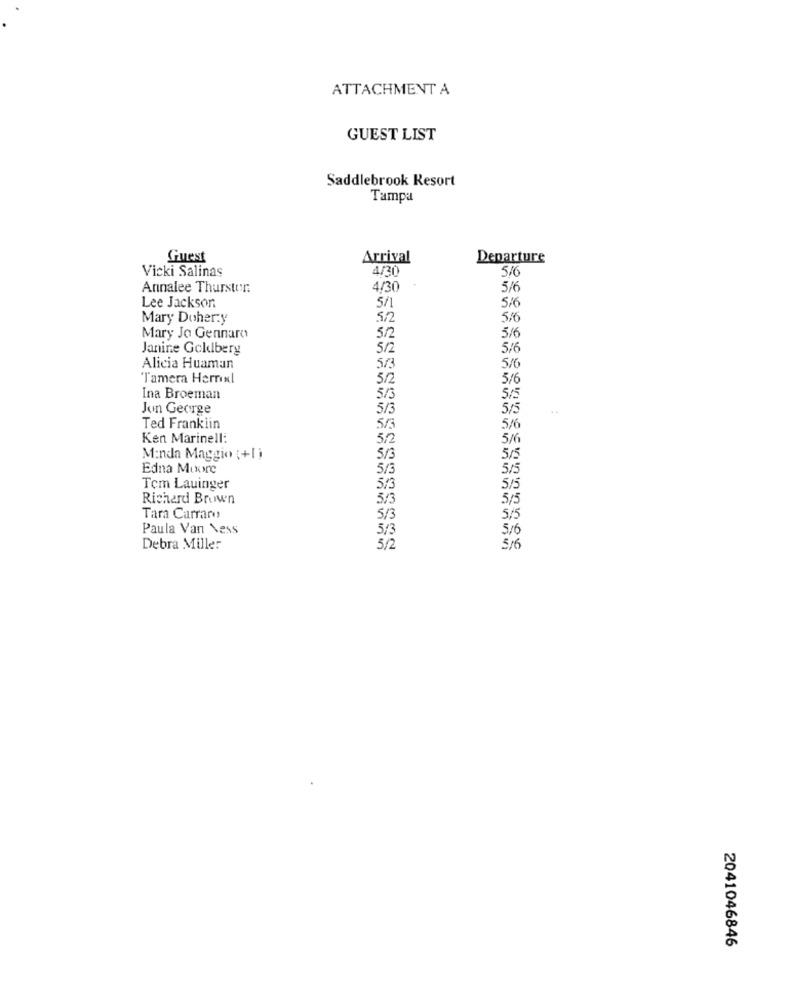
ATTACHMENT A
GUEST LIST
Saddlebrook Resort
Tampa
Guest
Arrival
Departure
Vicki Salinas
4/20
5/6
Annalee Thurstor:
4/30
5/6
Lee Jackson
5/1
5/6
Mary Doher:y
5/2
5/6
Mary Jo Gennaro
5/2
5/6
Janine Goldberg
5/2
5/6
Alicia Huaman
5/3
5/6
Tamera Herrxl
5/2
5/6
Ina Broeman
5/3
5/5
Jun George
5/3
515
..
Ted Franklin
5/3
5/6
Ken Marinell:
5/2
5/6
Manda Maggio (+Li
5/3
5/5
Edna Muore
5/3
5/5
Tem Lauinger
5/3
5/5
Richard Brown
5/3
5/5
Tara Carraro
5/3
5/5
Paula Van Ness
3/3
5/6
Debra Miller
5/2
5 16
2041046846